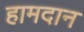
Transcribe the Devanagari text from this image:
हामदान